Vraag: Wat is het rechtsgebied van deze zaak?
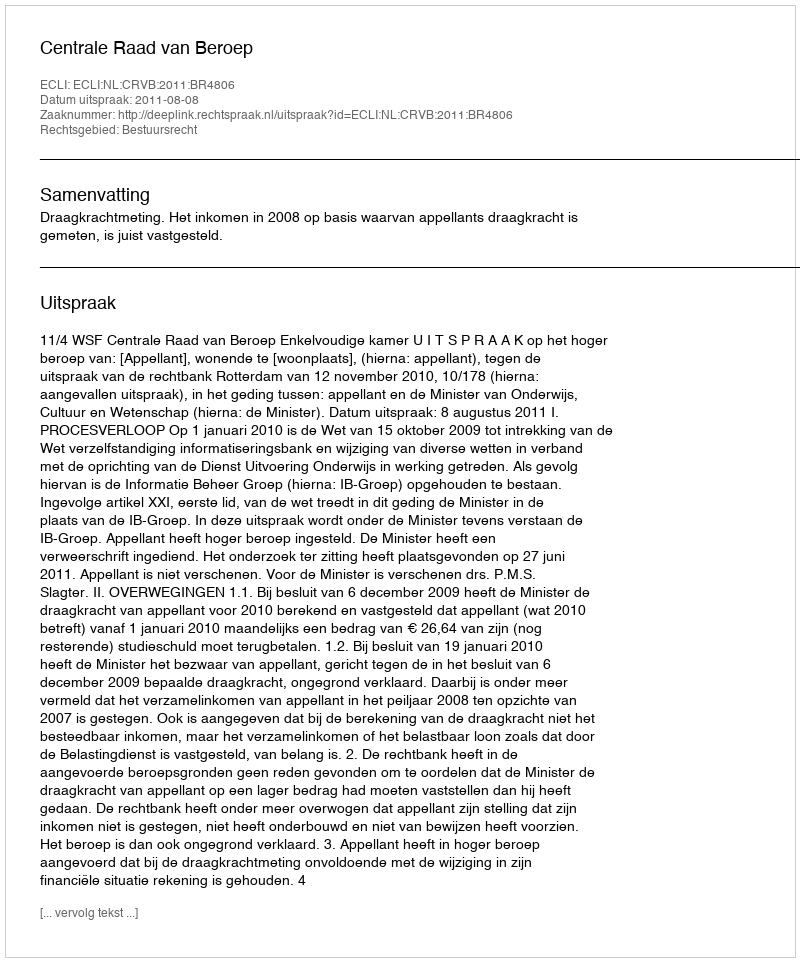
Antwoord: Bestuursrecht